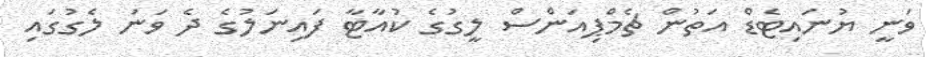
ވަނީ ޔުނައިޓެޑް އަތުން ޗެމްޕިއަންސް ލީގުގެ ކުއާޓާ ފައިނަލުގެ ދެ ވަނަ ލެގުގައި